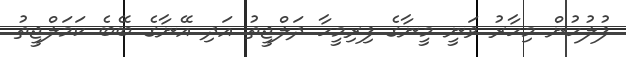
ފުލުހުން މިހާރު ވަނީ މީނާގެ ފިރިމީހާ ދަލްޖީތު އަދި އޭނާގެ ބޭބެ ކަމަލްޖީތު